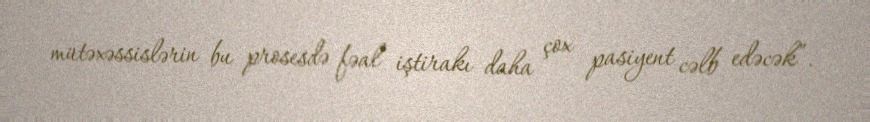
mütəxəssislərin bu prosesdə fəal iştirakı daha çox pasiyent cəlb edəcək”.